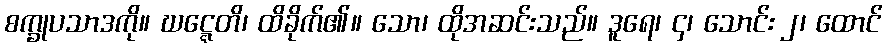
စက္ခုပသာဒကို။ ဃဋ္ဋေတိ၊ ထိခိုက်၏။ သော၊ ထိုအဆင်းသည်။ ဒူရေ၊ ၄၊ သောင်း ၂၊ ထောင်